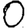
Digit: 0